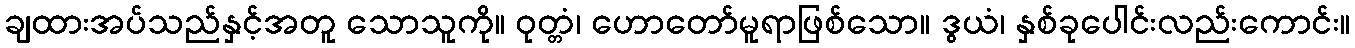
ချထားအပ်သည်နှင့်အတူ သောသူကို။ ဝုတ္တံ၊ ဟောတော်မူရာဖြစ်သော။ ဒွယံ၊ နှစ်ခုပေါင်းလည်းကောင်း။